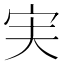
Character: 𫲷